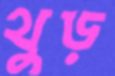
থুড়